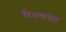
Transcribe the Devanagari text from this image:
त्रिभाषावाद